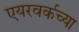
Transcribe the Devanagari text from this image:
एयरवर्कच्या